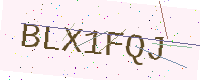
Text: BLX1FQJ